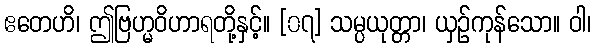
ဧတေဟိ၊ ဤဗြဟ္မဝိဟာရတို့နှင့်။ [၀၇] သမ္ပယုတ္တာ၊ ယှဉ်ကုန်သော။ ဝါ၊